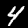
Label: 4